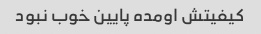
کیفیتش اومده پایین خوب نبود